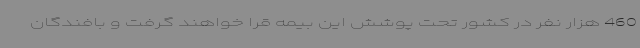
460 هزار نفر در کشور تحت پوشش این بیمه قرا خواهند گرفت و بافندگان